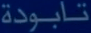
تابودة